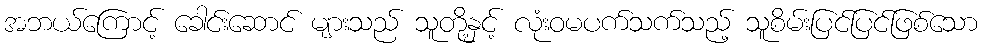
အဘယ်ကြောင့် ခေါင်းဆောင် များသည် သူတို့နှင့် လုံးဝမပက်သက်သည့် သူစိမ်းပြင်ပြင်ဖြစ်သော